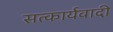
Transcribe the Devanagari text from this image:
सत्कार्यवादी